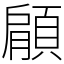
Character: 顅